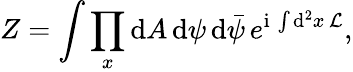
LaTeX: Z=\int\prod_{x}\mathrm{d}A\, \mathrm{d}\psi\, \mathrm{d}{\bar{\psi}}\, e^{\mathrm{i}\, \int\mathrm{d}^{2}x\, {\cal L}},